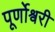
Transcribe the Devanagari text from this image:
पूर्णोश्वरी